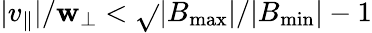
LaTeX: |v_{\parallel}|/\mathbf{w}_{\perp}<\sqrt{}{{|B_{\mathrm{{max}}}|/|B_{\mathrm{{min}}}|-1}}